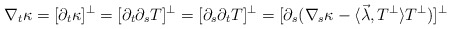
\begin{align*}\nabla_{t} \kappa =[\partial_t \kappa]^\perp =[\partial_t \partial_s T]^\perp=[\partial_s \partial_t T]^\perp=[\partial_s (\nabla_s \kappa -\langle \vec\lambda, T^\perp \rangle T^\perp)]^\perp \end{align*}